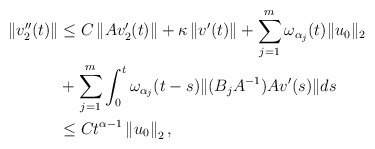
\begin{align*} \left\| v_2''(t)\right\| & \leq C \left\| Av_2'(t)\right\| + \kappa \left\| v'(t)\right\| + \sum\limits_{j=1}^{m}\omega_{\alpha_j}(t)\|u_0\|_2 \\ & + \sum\limits_{j=1}^{m}\int_0^t \omega_{\alpha_j}(t-s) \|(B_jA^{-1})Av'(s)\| ds \\ & \leq C t^{\alpha-1}\left\| u_0\right\|_2, \end{align*}